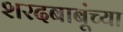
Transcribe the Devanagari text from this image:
शरदबाबूंच्या